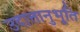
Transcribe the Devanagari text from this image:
उदात्तानुभूति